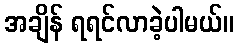
အချိန် ရရင်လာခဲ့ပါမယ်။